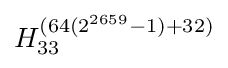
H_{33}^{(64(2^{2659}-1)+32)}